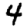
Digit: 4